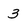
Character: 3